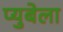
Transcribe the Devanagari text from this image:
प्युबेला